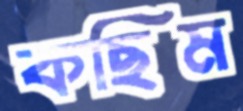
কছিম